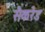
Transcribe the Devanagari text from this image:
सैकरेड